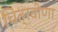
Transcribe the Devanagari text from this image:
चित्रवीणा